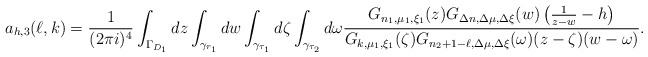
\begin{align*}a_{h,3}(\ell,k)=\frac 1{(2\pi i)^4}\int_{\Gamma_{D_1}}dz\int_{\gamma_{r_1}}dw\int_{\gamma_{\tau_1}}d\zeta\int_{\gamma_{\tau_2}}d\omega\frac{G_{n_1,\mu_1,\xi_1}(z)G_{\Delta n,\Delta\mu,\Delta\xi}(w)\left(\frac 1{z-w}-h\right)}{G_{k,\mu_1,\xi_1}(\zeta)G_{n_2+1-\ell,\Delta\mu,\Delta\xi}(\omega)(z-\zeta)(w-\omega)}.\end{align*}